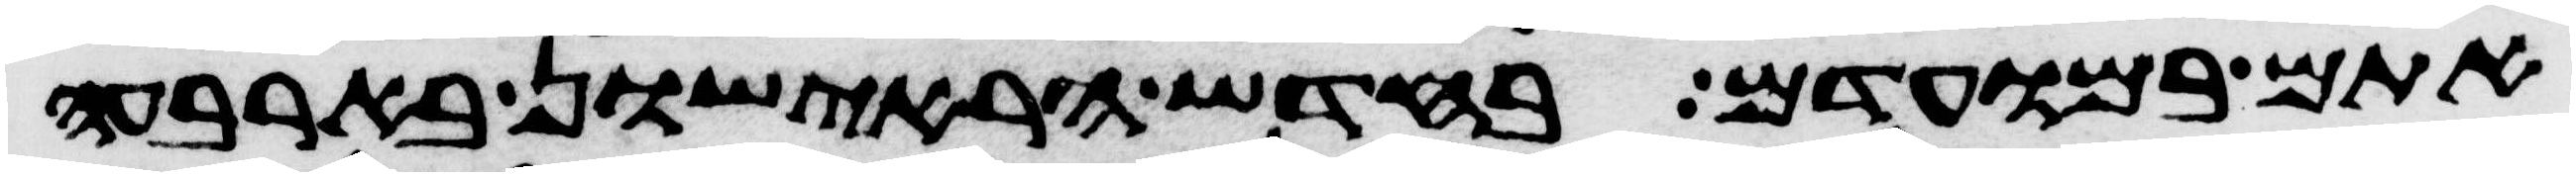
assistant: אתם במועדם בחדש הראישון בארבעה